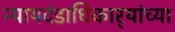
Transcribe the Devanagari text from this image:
न्यायदंडाधिकार्‍यांच्या